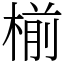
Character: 椾